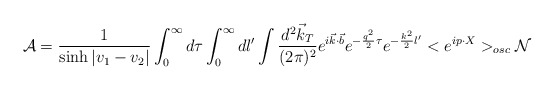
\begin{align*}{\cal A} = \frac 1{\sinh |v_1 - v_2|} \int_0^\infty d\tau \int_0^\infty dl^\prime \int \frac {d^2 \vec k_{T}}{(2 \pi)^2} e^{i \vec k\cdot \vec b}e^{- \frac {q^2}2 \tau} e^{- \frac {k^2}2 l^\prime} <e^{i p \cdot X}>_{osc}{\cal N} \end{align*}